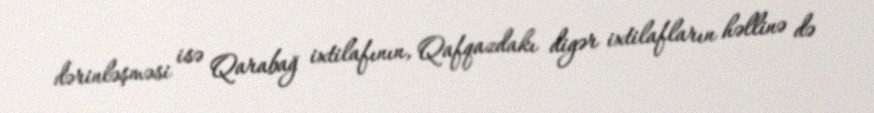
dərinləşməsi isə Qarabağ ixtilafının, Qafqazdakı digər ixtilafların həllinə də